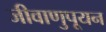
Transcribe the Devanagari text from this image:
जीवाणुपूयन